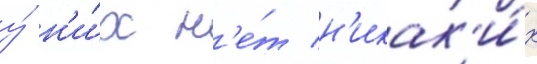
у́ н'и́х н'е́т н'икак'и́х